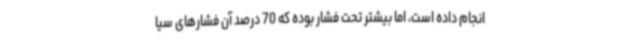
انجام داده است، اما بیشتر تحت فشار بوده که 70 درصد آن فشارهای سیا